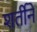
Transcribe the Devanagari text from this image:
शर्तीने